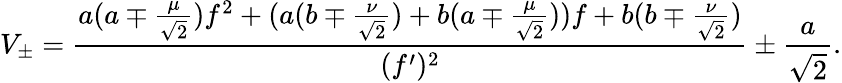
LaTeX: V_{\pm}=\frac{a(a\mp\frac{\mu}{\sqrt{2}})f^{2}+(a(b\mp\frac{\nu}{\sqrt{2}})+b(a\mp\frac{\mu}{\sqrt{2}}))f+b(b\mp\frac{\nu}{\sqrt{2}})}{(f^{\prime})^{2}}\pm\frac{a}{\sqrt{2}}.